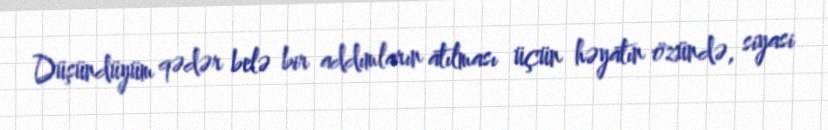
Düşündüyüm qədər belə bir addımların atılması üçün həyatın özündə, siyasi